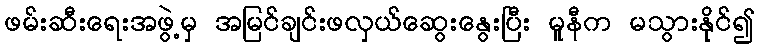
ဖမ်းဆီးရေးအဖွဲ့မှ အမြင်ချင်းဖလှယ်ဆွေးနွေးပြီး မူနီက မသွားနိုင်၍